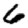
Digit: 6